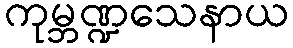
ကုမ္ဘဏ္ဍသေနာယ